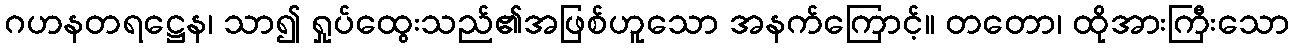
ဂဟနတရဋ္ဌေန၊ သာ၍ ရှုပ်ထွေးသည်၏အဖြစ်ဟူသော အနက်ကြောင့်။ တတော၊ ထိုအားကြီးသော